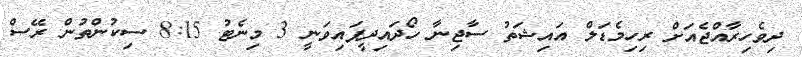
ދިވެހިރާއްޖެއަށް ރިހިމެޑަލް އައިޝަތު ސާޖިނާ ހޯދައިދީފައިވަނީ 3 މިނެޓު 8:15 ސިކުންތުން ރޭސް